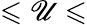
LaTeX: \leqslant\mathscr{U}\leqslant